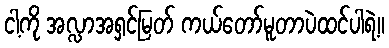
ငါ့ကို အလ္လာအရှင်မြတ် ကယ်တော်မူတာပဲထင်ပါရဲ့။